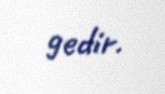
gedir.